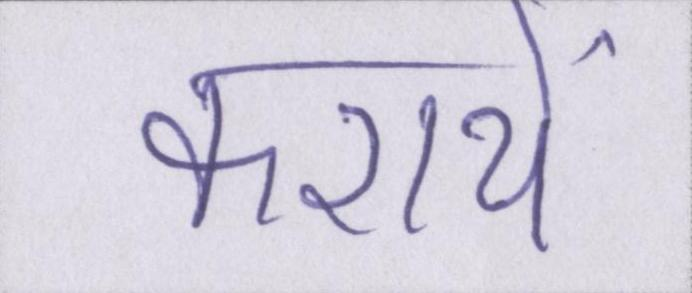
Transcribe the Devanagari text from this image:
करायें